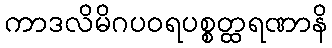
ကာဒလိမိဂပဝရပစ္စတ္ထရဏာနိ